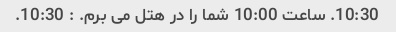
10:30. ساعت 10:00 شما را در هتل می برم. : 10:30.